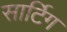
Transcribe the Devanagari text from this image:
सार्टिग